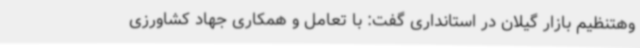
وهتنظیم بازار گیلان در استانداری گفت: با تعامل و همکاری جهاد کشاورزی